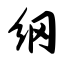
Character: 纲